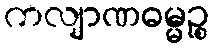
ကလျာဏဓမ္မဉ္စ